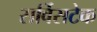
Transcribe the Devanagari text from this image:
सर्विसटेक